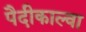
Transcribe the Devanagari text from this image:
पैदीकाल्वा